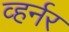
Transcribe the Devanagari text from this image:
व्हर्नर